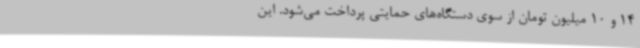
14 و 10 میلیون تومان از سوی دستگاه‌های حمایتی پرداخت می‌شود. این